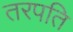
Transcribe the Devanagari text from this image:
तरपति